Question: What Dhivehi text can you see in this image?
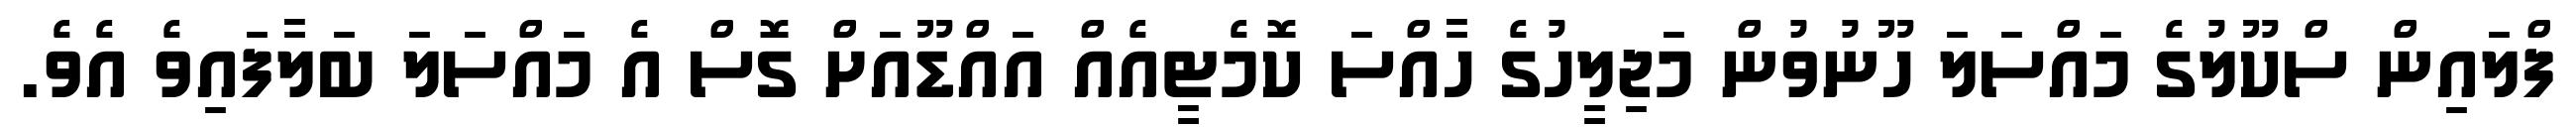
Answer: ފްލައިން ސްކޫލުގެ މައްސަލަ ހޫނުވުން މަޖިލީހުގެ ހާއްސަ ކޮމެޓީއެއް އައްޑޫއަށް ގޮސް އެ މައްސަލަ ބަލާފައިވެ އެވެ.